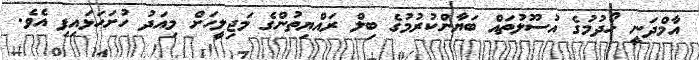
އާމްދަނީ ހޯދުމުގެ އުސޫލުތައް ބަޔާންކުރުމުގެ ބިލް ރައްޔިތުންގެ މަޖިލީހަށް މިއަދު ހުށަހަޅައިފި އެވެ.